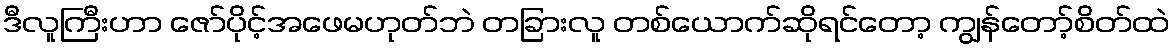
ဒီလူကြီးဟာ ဇော်ပိုင့်အဖေမဟုတ်ဘဲ တခြားလူ တစ်ယောက်ဆိုရင်တော့ ကျွန်တော့်စိတ်ထဲ